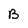
Character: B